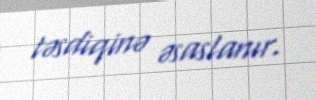
təsdiqinə əsaslanır.